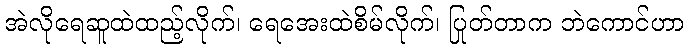
အဲလိုရေဆူထဲထည့်လိုက်၊ ရေအေးထဲစိမ်လိုက်၊ ပြုတ်တာက ဘဲကောင်ဟာ